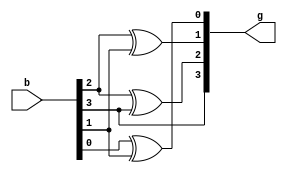
module bcdtogray(b,g);
    input [3:0]b;
    output [3:0]g;
    assign g[3]=b[3];
    assign g[2]=b[2]^b[3];
    assign g[1]=b[2]^b[1];
    assign g[0]=b[0]^b[1];
endmodule

module testbench;
    reg [3:0]b;
    wire [3:0]g;
    bcdtogray o(b,g);
    initial begin
        $monitor("BCD=%b    Gray=%b",b,g);
        #0 b=4'b0000;
        #10 b=4'b0001;
        #20 b=4'b0010;
        #30 b=4'b0011;
        #40 b=4'b0100;
        #50 b=4'b0101;
        #60 b=4'b0110;
        #70 b=4'b0111;
        #80 b=4'b1000;
        #90 b=4'b1001;        
    end
endmodule